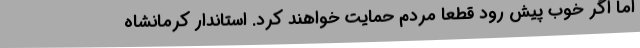
اما اگر خوب پیش رود قطعا مردم حمایت خواهند کرد. استاندار کرمانشاه